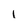
Character: 1